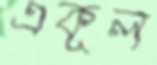
একূল